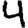
Digit: 4